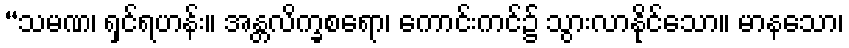
“သမဏ၊ ရှင်ရဟန်း။ အန္တလိက္ခစရော၊ ကောင်းကင်၌ သွားလာနိုင်သော။ မာနသော၊